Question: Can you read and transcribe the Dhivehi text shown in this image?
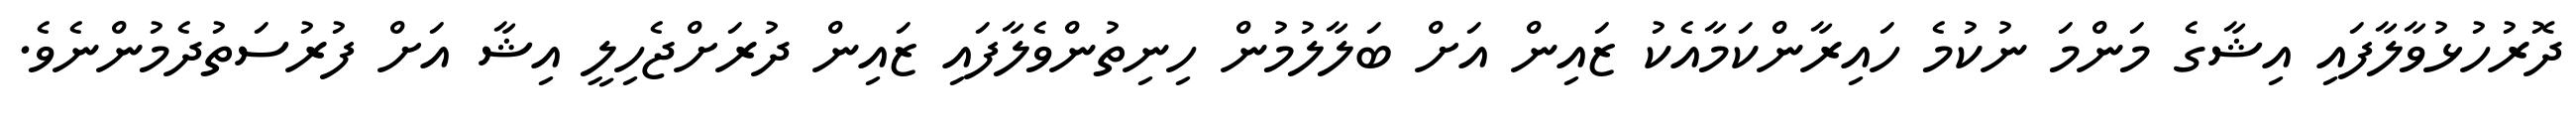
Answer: ދޮރުހުޅުވާލާފައި އިޝާގެ މަންމަ ނުކުމެ ހައިރާންކަމާއެކު ޒައިން އަށް ބަލާލުމުން ހިނިތުންވެލާފައި ޒައިން ދުރަށްޖެހިލީ އިޝާ އަށް ފުރުސަތުދެމުންނެވެ.